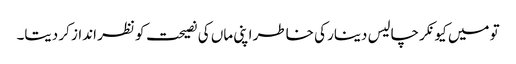
تو میں کیونکر چالیس دینار کی خاطر اپنی ماں کی نصیحت کو نظر انداز کر دیتا۔